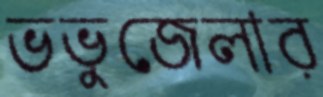
ভভুজেলার